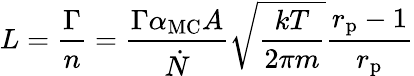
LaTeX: L=\frac{\Gamma}{n}=\frac{\Gamma\alpha_{\mathrm{MC}}A}{\dot{N}}\sqrt{\frac{kT}{2\pi m}}\frac{r_{\mathrm{p}}-1}{r_{\mathrm{p}}}